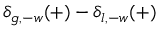
\delta _ { g , - w } ( + ) - \delta _ { l , - w } ( + )